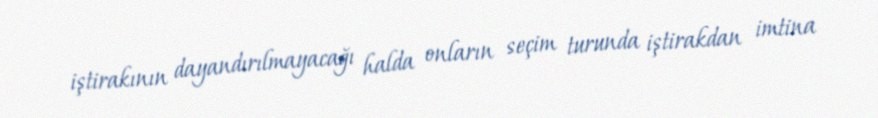
iştirakının dayandırılmayacağı halda onların seçim turunda iştirakdan imtina